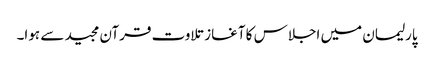
پارلیمان میں اجلاس کا آغاز تلاوت قرآن مجید سے ہوا۔